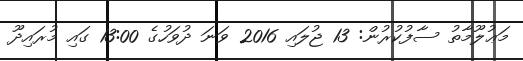
މަޢުލޫމާތު ސާފުކުރުން: 13 ޖުލައި 2016 ވަނަ ދުވަހުގެ 13:00 ގައި މުރައިދޫ